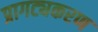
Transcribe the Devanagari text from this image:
प्रागट्यकरण